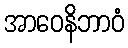
အာဝေနိဘာဝံ